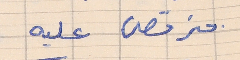
منرقص عليه